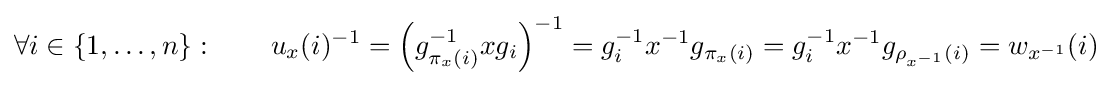
\forall i\in \{1,\ldots ,n\}:\qquad u_{x}(i)^{-1}=\left(g_{\pi _{x}(i)}^{-1}xg_{i}\right)^{-1}=g_{i}^{-1}x^{-1}g_{\pi _{x}(i)}=g_{i}^{-1}x^{-1}g_{\rho _{x^{-1}}(i)}=w_{x^{-1}}(i)